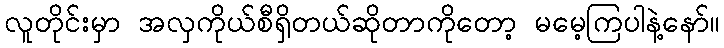
လူတိုင်းမှာ အလှကိုယ်စီရှိတယ်ဆိုတာကိုတော့ မမေ့ကြပါနဲ့နော်။